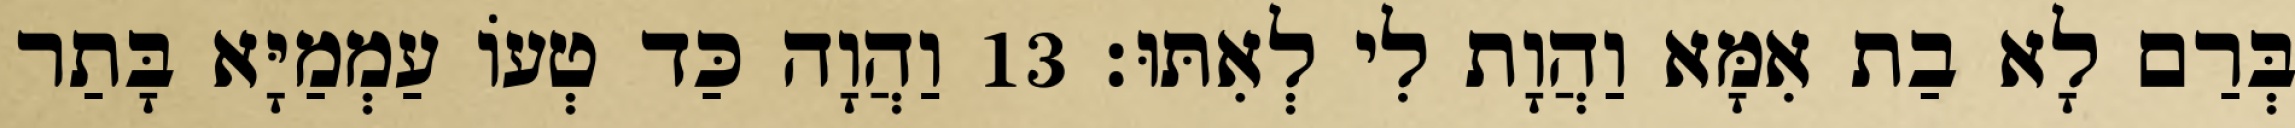
בְּרַם לָא בַת אִמָּא וַהֲוָת לִי לְאִתּוּ׃ 13 וַהֲוָה כַּד טְעוֹ עַמְמַיָּא בָּתַר